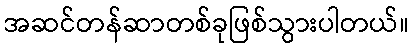
အဆင်တန်ဆာတစ်ခုဖြစ်သွားပါတယ်။